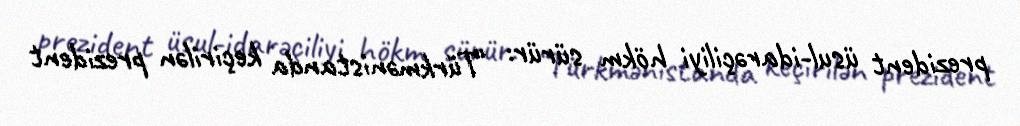
prezident üsul-idarəçiliyi hökm sürür: “Türkmənistanda keçirilən prezident